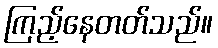
ကြည့်နေတတ်သည်။